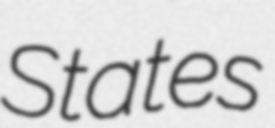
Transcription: States